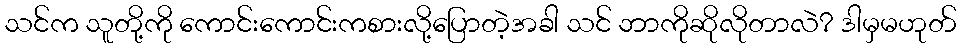
သင်က သူတို့ကို ကောင်းကောင်းကစားလို့ပြောတဲ့အခါ သင် ဘာကိုဆိုလိုတာလဲ? ဒါမှမဟုတ်